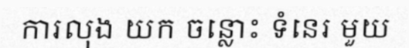
ការលុង យក ចន្លោះ ទំនេរ មួយ